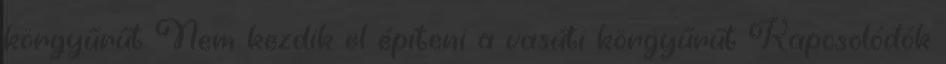
körgyűrűt Nem kezdik el építeni a vasúti körgyűrűt Kapcsolódók